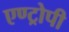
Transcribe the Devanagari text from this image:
एण्ट्रोपी